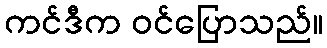
ကင်ဒီက ဝင်ပြောသည်။